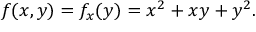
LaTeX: f ( x , y ) = f _ { x } ( y ) = x ^ { 2 } + x y + y ^ { 2 } .